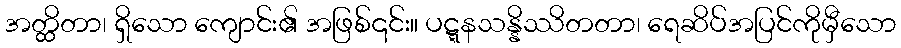
အတ္ထိတာ၊ ရှိသော ကျောင်း၏ အဖြစ်၎င်း။ ပဋ္ဋနသန္နိဿိတတာ၊ ရေဆိပ်အပြင်ကိုမှီသော